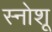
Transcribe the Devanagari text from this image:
स्नोशू